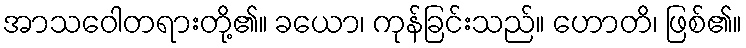
အာသဝေါတရားတို့၏။ ခယော၊ ကုန်ခြင်းသည်။ ဟောတိ၊ ဖြစ်၏။